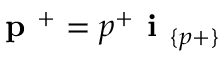
\textbf { p } ^ { + } = p ^ { + } \textbf { i } _ { \{ p + \} }